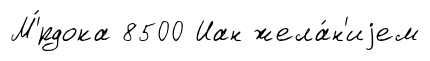
М'́рдока 8500 Иан жела́н'иjем